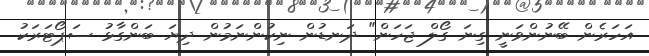
އަހަރެން ބޭނުންވަނީ ގިނަ ގޯލް ޖަހަން" ދަނޑުން ނިކުންނަމުން ދިޔަ ބަންގާޅު ސަޕޯޓަރަކު